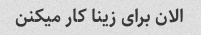
الان برای زینا کار میکنن